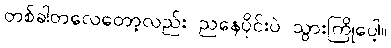
တစ်ခါတလေတော့လည်း ညနေပိုင်းပဲ သွားကြိုပေါ့။